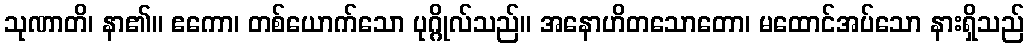
သုဏာတိ၊ နာ၏။ ဧကော၊ တစ်ယောက်သော ပုဂ္ဂိုလ်သည်။ အနောဟိတသောတော၊ မထောင်အပ်သော နားရှိသည်